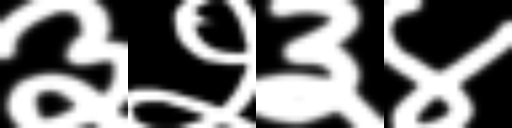
Text: ३२३४